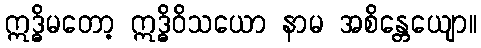
ဣဒ္ဓိမတော့ ဣဒ္ဓိဝိသယော နာမ အစိန္တေယျော။